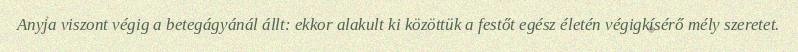
Anyja viszont végig a betegágyánál állt: ekkor alakult ki közöttük a festőt egész életén végigkísérő mély szeretet.